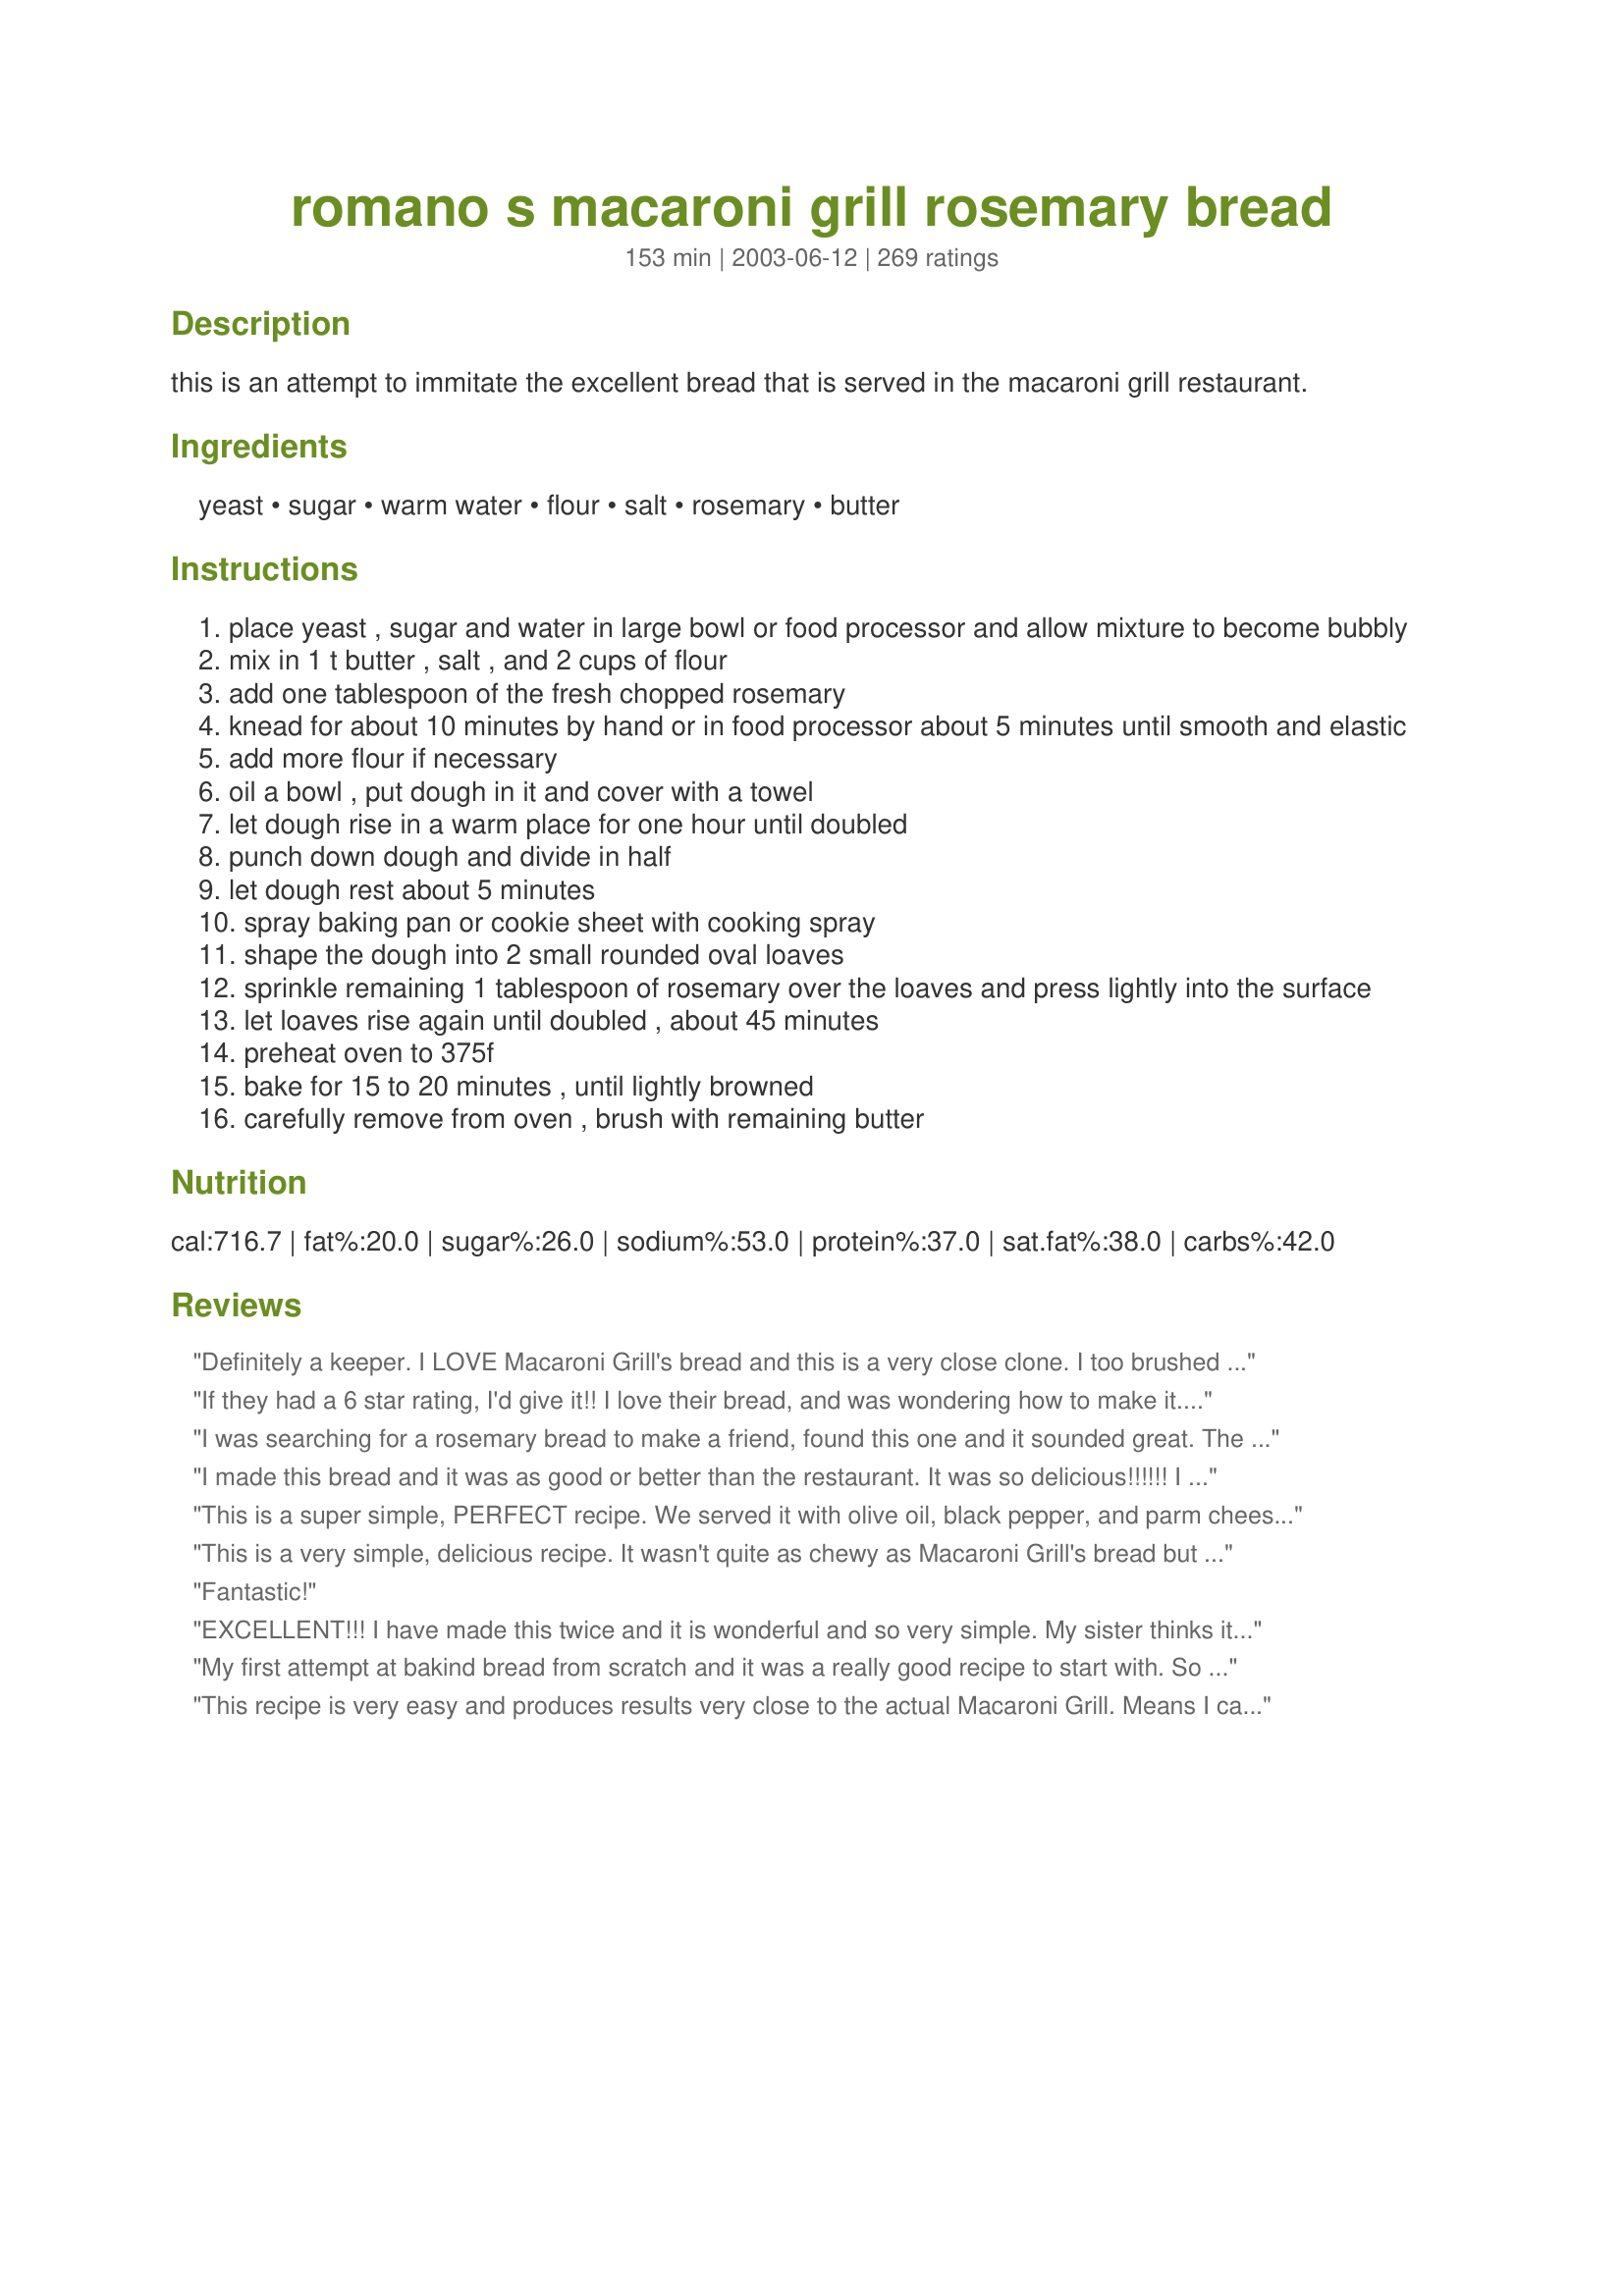
romano s macaroni grill rosemary bread
Preparation time: 153 minutes

this is an attempt to immitate the excellent bread that is served in the macaroni grill restaurant.

Ingredients:
yeast, sugar, warm water, flour, salt, rosemary, butter

Steps:
place yeast , sugar and water in large bowl or food processor and allow mixture to become bubbly
mix in 1 t butter , salt , and 2 cups of flour
add one tablespoon of the fresh chopped rosemary
knead for about 10 minutes by hand or in food processor about 5 minutes until smooth and elastic
add more flour if necessary
oil a bowl , put dough in it and cover with a towel
let dough rise in a warm place for one hour until doubled
punch down dough and divide in half
let dough rest about 5 minutes
spray baking pan or cookie sheet with cooking spray
shape the dough into 2 small rounded oval loaves
sprinkle remaining 1 tablespoon of rosemary over the loaves and press lightly into the surface
let loaves rise again until doubled , about 45 minutes
preheat oven to 375f
bake for 15 to 20 minutes , until lightly browned
carefully remove from oven , brush with remaining butter

Reviews:
Definitely a keeper. I LOVE Macaroni Grill's bread and this is a very close clone. I too brushed the top with egg white to get a nice crust and served it with Carrabba's Bread Dipping Spice ( # 53876). Very yummy and easy. Thanks for posting this!
If they had a 6 star rating, I'd give it!! I love their bread, and was wondering how to make it. I didn't have rosemary, so I used dried dill, and it was amazing. I put the pan of water in the oven while it baked, and served it with oil and herbs. All of my bread attempts until now were failures, but this renewed my hope!! And it's so easy!!! Thank you so much!
I was searching for a rosemary bread to make a friend, found this one and it sounded great. The reviews helped me in my decision to make it. It was easy, baked super and tastes great. I am proud to present this to my friend.
I made this bread and it was as good or better than the restaurant. It was so delicious!!!!!! I doubled the recipe when I made it so I would have lots for my family to enjoy. To be healthier, I substituted smart balance instead of butter. Next time I will substitute olive oil instead of butter. I found that I had to use a little extra flour than the recipe said, no big deal. It is great!!!
This is a super simple, PERFECT recipe. We served it with olive oil, black pepper, and parm cheese. My daughter ate an entire loaf all by herself. I didnt change a thing.
This is a very simple, delicious recipe. It wasn't quite as chewy as Macaroni Grill's bread but I used all purpose flour. Next time I'll switch to bread flour to fix that. Overall, it's a keeper!
Fantastic!
EXCELLENT!!! I have made this twice and it is wonderful and so very simple. My sister thinks it is better than the restaurant version. Thank you so much for sharing.
My first attempt at bakind bread from scratch and it was a really good recipe to start with. So easy, however my yeast was a little expired so I know it didn't raise properly, but it still tasted great. I will try it again with fresh yeast. Thanks!
This recipe is very easy and produces results very close to the actual Macaroni Grill. Means I can now get a taste of one of my regularly visited FL restaurants from my own home in the UK :-))
This is really great bread! Soft on the inside and very aromatic. Will definitely be making again! The only the I'd do differently would be to put a pan of water on the bottom oven rack so the bread would be more crusty. And next time I'll be waiting at the oven door with my dipping oil!
Amazing!! So easy and absolutely delicious - I just made it and practically ate the whole thing right out of the oven - dipped in olive oil - yum! I will make this over and over again - thanks for posting!!
Good...Made the dough in my bread machine, then transferred it to a baking sheet. Molded the loaf, added the rosemary to the top as recipe said and let it rise about 15-20 min. before baking as directed. Thanks for sharing the recipe.
Never been to Romano's, but this is a lovely bread!
quick, easy and just plain perfect! I followed the recipe exactly and was/am very pleased with the results.
Very good, everyone that tries it loves it, but I think it's a little too heavy on the rosemary. Next time I will omit the ones sprinkled on top, and half the amount in the batter. Thanks for sharing!
Every time I make Recipe #226968, I have to make this recipe for their delicious bread. Dipped in olive oil with fresh cracked pepper, this bread is incredible! If I could give this more stars I would, it is sooooooo good! I am so happy to have it posted here, so I know right where it is when I need it!
Ilove this recipe! I found several versions but they all called for seminol flour, didn't have any so I went with this one. We have gone to Macaroni grill many times and this is close! Do NOT put the butter on top after cooking or your bread will not have a crispy crust!
I made this bread for my sister's birthday dinner last night and it was fabulous! I did alter the recipe slightly by adding 2 tablespoons of fresh rosemary into the dough and using 1 additional tablespoon to sprinkle on top of the 2 loaves. Also, I only used 
1 1/2 tsp of yeast instead of the 1 tablespoon that the recipe called for. I brushed one loaf with regular butter and sprinkled it with sea salt and I brushed the second loaf with melted garlic spread and omitted the salt. They were both delicious! I am fighting the urge to make this bread again today!! Very easy recipe especially because I used my food processor to make the dough.
It was tasty, but you've got to be careful not to over-do the rosemary when using dried... I'm not sure the conversion.
This is a good, easy recipe. Very basic. Not sure where the second table spoon of butter comes in, though. I read the recipe a few times, and only saw 1 tablespoon of butter being used.
Ok, can I give this 100 stars? This is better than Macaroni Grill's and wonderful I can make it whenever I want at home. Hubby devoured the 1st loaf in one day. It's so easy to make, but so delish!
263 reviews!! You review hogger, you! Well deserved.
I guess we didn't like rosemary. Sorry.
This was excellent! I love the comforting aroma and taste of rosemary. I will make this often!
I loved this bread and it tastes just like Macaroni Grill&#039;s but I was a little disappointed that the two loaves were smaller than expected. I will make it again but I will not put it back in my food processor. It was so sticky and I felt like I left a lot of the dough in the processor bowl but I couldn&#039;t get it out. I haven&#039;t baked in a long time and would like to get back into it, so I don&#039;t know if my bread not rising high enough while baking was my fault or the recipe&#039;s. The dough rose beautifully the two times before being baked but never got bigger in the oven. And oh, do NOT miss putting the salt and butter on the outside when it comes out of the oven.
Followed the recipe with great results. Very nice consistency, not dense at all. Thank you!
this was ABSOLUTELY this easiest bread recipe EVER. I have made bread (all kinds) for 30 years and the fresh rosemary is a must. It made the two most fragrant loaves of bread I have ever made. GREAT RECIPE !!!!
Very close to the real thing. I think if I had ground up the rosemary a little more it would have been even better. I found I had to use the whole 2 1/2 cups of flour and maybe 2 tablespoons more the dough is very sticky. I coated the top with egg and salt in the last 5 min but ended up baking it for at total of 40 min before it was brown enough.
WOW! This bread is excellent. I love using fresh rosemary from my herb garden. I made the dough in a bread machine and placed on a baking sheet to rise and bake. We've made this bread three times this week already.
Easy to make, good consistency, but don't make this if you don't love rosemary. I've never had the Macaroni grill bread, and I don't hate rosemary, but in such a large dose it can be a little overwhelming if it's not a flavor you love.
I loved this bread but I did like Jan H. and went through the dough cycle in my bread machine. It was not as crusty as Macaroni Grill's but they probably bake in brick ovens but overall it was great for home cooking. Now, I would like to learn how to put this together at an earlier time and when I want pull it out of refrigerator and let it rise. I don't know if this can be done but if you know, please let me know-souppeggy@bellsouth.net. Thanks
Pretty good bread recipe. I cut the recipe in half and told my mother to take it out of the oven when it was done... well i put it in for 17 minutes and it was not close to done, but she took it out anyways. Luckily it was only out of the oven for about a minutes before I noticed she took it out too soon so no real damage was done. The general feel about this bread was that it had too much rosemary in it, but over all pretty good.
WOW this was a real hit with my family. Easy to make and delicious. A very tasty loaf.
I tried putting the egg white on top as another reviewer wrote and the top was still soft. Next time, I will try no butter or egg white brushed on. The flavor of this bread was excellent. It tasted just like Macaroni Grill's.
Wonderful bread! Perfect with Rosemary and Lemon Pork Stew recipe#116382. Will definitely be making this easy bread again soon! Thanks for sharing!
I followed the recipe to a "T", using the bread machine dough cycle to make and rise the dough, and it came out wonderfully well. I think next time, along with the rosemary I would sprinkle a little salt over the top too.
My husband swears this is better than the Macaroni Grill bread. I couldn't believe how easy it was too. If you are a beginning bread maker this is a great recipe to start with. I mixed the bread with the first two cups of flour in the stand mixer. It was still really wet, but I turned this onto a well floured surface and kneaded by hand for 10 minutes. 
The bread came out of the oven perfect. I brushed with the remaining butter and sprinkled with salt. Perfect with a little olive oil for dipping.
I made a double batch for a family dinner of 25. This was a GREAT recipe! I let the regular yeast rise with the sugar and water for a good hour. I also used garlic in my butter when mixed. I coated the top with sea salt and butter egg wash very lightly and it was amazing! I think it turned out better that the one at Mac Grill. Thanks for the post!!
I don't know what went wrong, but this did not work for me. I have a thingy to verify my oven is at the right temp as my oven is slow. The bread is hard, and did not brown at all. The cehter is doughy. <br/>Should I have baked it longer? IDK
Excellent! Made this for the first time 2 wks ago and, because there were two loaves, I intended to freeze one. Made the Carraba's olive oil dip. Snacked. Ate up the whole two loaves and that was dinner enough, what with some Pinot Grigio. A real keeper!
Sooooo good!!!
Its my first time to maje bread and I worried that I was doing it wring because my dough didnt clump together like some videos I&#039;ve seen. Mine was too sticky and a kinda runny, it was hard to form it. However, the crust came out really good and its moist and very tasty inside -- might even taste better than Romanos
I love this recipe. It turns out every time. I make it in the food processor and the dough is fantastic to handle. I use olive oil instead of butter, but otherwise follow the recipe as written. It is so easy and pretty fast. I can start it at 3pm and have warm bread for dinner.
Wow. This recipe is excellent!
Great rosemary flavor. We're gobbling it up right now.
I love this bread along with everyone in my family! Best when hot and with any dish!
This is the real thing! I also used my bread machine to make the dough, simply dumped all the ingredients in my bread machine on the dough cycle, then formed the dough into 2 balls and let rise for another 45 min before baking them. My personal favorite is dipping the bread in a mixture of extra virgin olive oil, freshly grated parmesan, balsamic vinegar and cracked pepper! Delicious!
Everybody LOVED this bread, and so did I. It turned out perfect! Try it...you'll love it too :)
This was my first attempt at yeast bread.... seriously! If I could give it 6 stars I would. I used 1/2 cup of whole wheat flour. Wonderful!
Absolutely the best bread I have ever put in my mouth, and I love making bread. I don't think it needed any changes, although I would like to try brushing the egg whites on it to enhance the crustiness as others suggested. Many, many, many thanks for posting this Hunter!
This did taste very much like the bread at Macaroni Grill. The only thing I thought was different for me was the texture. My loaves rose very nicely while proofing, but didn't bake up very high in the oven. The texture was a little crumbly too, so I don't know if I did something wrong at the end or not. I did brush the tops with egg wash before baking and that did make a nice crust on the top. I will try this recipe again, and even though it didn't turn out the exact way I wanted, it was great to dip in the sauce from the Carmela's Chicken Rigatoni recipe I made to go with it!!
One of my family's favorites. I threw all of the ingredients in my bread machine and then skipped to step 8.
Awesome Bread! I did add a tsp of olive oil, 1 tbsp garlic powder and 1 tsp onion powder to the recipe as well as increasing the salt by 1/2tsp or so. Came out wonderful. I did the egg wash with one loaf. looks a lot like the picture! beautiful. I tried the water bath on the other, didnt make my bread crispy though. As others have said the dough was pretty sticky. I refrained from adding addl flour because I was using all purpose flour and didnt want the bread to become too dense. It was perfect. I used dried rosemary and 1 tbsp was plenty I think. Delicious. Will be using this basic ingredient list for other breads as well.
This was an amazing bread, the only downside I found was that it Was a little cake-ish. but amazing otherwise
Love it!!!!!!!
Wonderful bread! It does taste like the bread from Macaroni Grill! I made it as we were having company for dinner. My husband and I accidentally ate one loaf ourselves before our guests came over. Oops! I will certainly make it again.
Very delicious and very easy! I used fresh and dried rosemary and also added kosher sea-salt on top before baking. I made this 4 times (8 loaves) all in one day! I gave 4 loaves away as gifts, and the other 4 were eaten as soon as they were out of the oven--no leftovers! Thanks for a wonderful copycat recipe.
This was very good. It is a little denser than the Macaroni Grill bread that I remember, but the taste was good. I served it for company and everyone commented on it. Thank you for sharing this recipe.
This bread is delicious. I used Penzy's pasta sprinkle instead of rosemary. I topped it with egg & sea salt. It was easy, flavorful, and beautiful to look at. Thanks for posting this great recipe. I'll be using it often.
loved this so much , I want to try making it again but this time I was to try dipping in in a balsamic vineagar !
Turned out great. Should be called rosemarybread by hunter as it isnt close to macaroni grill. Tried the water trick to brown. Kinda half worked. So put them under broiler. Worked good but left one in ten seconds too long and came out slightly burnt. I used good qualty bread flour and had no mishaps as other reveiwers. Used a bread hook mixer for about six minutes. Baked 17 minutes.
Delicious! We all loved this bread and it does taste like Macaroni Grill's, but it does not rise like theirs. Beware this dough is extemely sticky and gluey. It was all over my hands and very hard to work with when I transferred it to the baking sheet, but it does turn out well! I used the entire 2 1/2 cups of flour and was tempted to add more because of how sticky it was, but I didn't. My kids loved this and I will definitely make again.
Excellent bread! Very similar to what is served at Macaroni Grill. My family was very happy last night! I doubled this and it still fit in my food processor (just barely). I made 4 loaves and it took a little over 20 minutes to bake. Will be making this again! Thanks!
This was awesome! I didn't have enough rosemary (only 1 tablespoon) and so compensated with thyme (not as good, next time I'll make sure I have enough rosemary). I topped with kosher salt, but next time will use a finer grain sea salt. Loved the crumb and the crisp crust the wet dough provided. Will definitely make this again!
My goodness this bread is good. I made 5 rolls/buns and used them as hamburger buns. Instead of butter, I used olive oil. I also brushed 1 egg white on the buns before and during baking as suggested. The crust is brown and slighty chewy and the crumb is nice and soft and the flavor is fantastic.
We love Macaroni Grill, esp. the bread. So this recipe was greatly appreciated. I followed the directions AND some of the suggestions posted in the reviews. Followed the ingredients list but needed about 3 cups of flour. Used my BM, the dough cycle. Used fresh rosemary, chopped it up fine. Brushed the loaves with egg white during the baking, got a nice crisp top. Put chopped fresh rosemary and sea salt on the top too. Most important: it has to be eaten right after baking, out of this world. Dip in olive oil/balsamic vinegar combo. Oh...to die for. This is a keeper, to be repeated many times!!
Excellent recipe for a tender airy bread. I doubled it after reading the reviews and it nearly exploded from my bread machine. Kneading the dough for a couple of minutes helped to release the bubbles so that on the second rise the bread doubled beautifully. Perfectly delicious and simple.
This was awesome....It was so easy...tasted better than the Macaroni Grill (even my family thought so) and everyone was impressed that I made it....It is really good when you cook it with a thin coating of olive oil in the bottom of the pan and top it off with a little bit of sea salt. Thanks for the recipe!
So incredible I can hardly wait to make more loaves.
This bread was very tasty! I added caraway seeds (personal preference) as well as a few cloves of garlic and doubled the rosemary. I brushed only one loaf with olive oil, turnes out that I liked the other one better. the crust was crispier. Will soon make again. Thanks for an easy and delicious bread recipe!
This is a great recipe! Whether I use fresh rosemary or dried rosemary, it turns out delicious. I've also blended several different seasonings together and sprinkled liberally over the top and it has turned out yummy. This bread works particularly well for egg salad or tuna sandwiches.
Great!!! I brushed with some olive oil before baking.
I live in South Africa for the time being and finding recipes like this one is such a blessing! It tastes just like the real thing!
I made this in the bread machine exactly as written, just in different order: liquid, dry ingredients, then yeast and put it on dough cycle. I mixed some sea salt, rosemary, and olive oil and basted the top, it tasted just like Macaroni Grill Bread!
Made in the bread machine with active dry yeast, just dumped all the ingredients in. Used the entire amount of flour off the bat. The last few minutes of baking I spread the butter on top and sprinkled on some sea salt and it turned golden brown. Baked on a pizza stone. Wonderful! Couldn&#039;t have been easier!!
Loved this recipe with simple ingredients, but wonderful taste! I used about 3 teaspoons of dried crushed rosemary from my spice rack and mixed up the dough in my bread machine. I also brushed the top with egg white and sprinkled with sea salt after baking. These 2 loaves made more than enough bread for a dinner with 7 people.
I really don't know what everyone saw in this recipe. I'm an expert bread baker, but this came out too soft. It wasn't at all like Macaroni Grill's bread since what makes their bread special IS the crusty texture. Though my husband loved the taste, I wasn't too impressed. I tried the egg whites, and this did make for a beautiful golden color,but I suppose I'll keep looking for that perfect rosemary artisan bread.
great recipe, I followed the steps exactly and it came out yummy. I am going to make this one again.
Very Yummy !
Tried this recipe for the first time today and it turned out great. Can't wait to have it as sandwiches tonight :)
Of cause it tried it already with some butter and had to stop myself .... otherwise the whole bread will be gone :)
oh dear. I hate to be the odd one out. To me it was too yeasty (1Tbs is a lot isn't it??) - almost bitter in taste. Perhaps this is how it is meant to be..... but I wont be making it again, sorry.
This bread had a wonderful flavor and smelled good, but like a previous reviewer said, it did seem a bit dense. The dough was pretty sticky to work with. I found that I needed to add a bunch more flour to it while kneading it, just to make it easy to work with. I followed the directions exactly, except that I used 2 teaspoons dried, crushed rosemary in place of fresh, and I also used 1 packet of active dry yeast (which is a little less than 1 Tablespoon), and it seemed to be fine. Before I stuck it in the oven, I did brush it with an egg white (I might use the whole egg next time) and sprinkled garlic salt on it (I didn't brush it with butter after taking it out). It also took 25 min. to bake, but that could've been my oven, too. My family did really enjoy this bread. Thanks for posting this recipe!
Wonderul recipe. It came out perfect. I made some olive oil dipping sauce with it, and the family gobbled it up. Thank you for such a great recipe.
Absolutely amazing!
Delicious bread! I've made it a few times now, and have not been disappointed. When I used dry rosemary, I soak it first and chop it fine. I use the 'tea' resulting from the soak for part of the liquid. Adds even more rosemary flavor throughout the bread. Hunter, thanks for a wonderful addition to my bread selections.
This was the easiest bread I've ever made. My picky son even liked it. It was super fantastic. I will make it again and again! I've never been to Macaroni Grill so I cant compare but it is a 10*** in my book!
Tasted amazing but seemed hard to work with for me.
YUM!!!!
Made this for a family dinner, doubled the recipe to make 4 "loaves". Everyone loved it. Smelled delicious when it was cooking, tasted heavenly!
Amazing. Better than Macaroni Grill. I don't have a bread machine and followed the instructions exactly. Serve with olive oil and balsamic for dipping. SO good. I don't usually leave reviews, but this one absolutely deserved it.
This turned out excellent. I would recommend some clarifications. 1. What kind of yeast? (I used Instant yeast) 2. What kind of flour? (I used bread flour) 3. After you shape and leave for second rise, is it covered? (I covered) I used EVOO rather than butter. And, I sprayed the top with olive oil before sprinkling with rosemary and salt before baking. Amount of flour will vary depending on weather, etc. I measured exactly and found 2 cups to be the right amount.
Very close to the real thing! I brushed mine with butter and sprinkled garlic salt and Italian spices on top and served it with Macaroni Grill Chicken Marsala over angel hair pasta. I will definitely be making this again!
I followed the directions and did NOT substitute oil for butter as some of the reviews suggested. I am very pleased with the results. I did spread a little melted garlic butter during the last 5 minutes of baking, making for a lightly golden brown crust. The bread was light on the inside, but durable enough to spread more butter or use as a sponge to soak up the juice of a good stew/soup!
To die for....we gobbled it up. Being a person who sometimes doesn't read closely, I threw everything in the bread machine and let it go through the first rising there. Then followed the recipe from there - absolutely terrific results! Will make this one again and again!
I agree with so many of the other reviewers -- this was fabulous! The dough was so easy to work with -- I used my Kitchenaid with the dough hook. I could have probably added another tablespoon or two of flour -- the dough was very soft. But once it was baked, it was just so soft and fluffy. I only used the one tablespoon of rosemary -- I didn't sprinkle any additional on the tops of the loaves. After brushing the butter on the top of the loaves, I sprinkled a fair amount of very course kosher salt on the loaves. We really enjoyed this bread -- and look forward to making it many more times in the future.
WOW!! This bread was really delicious! My husband and I absolutely love the bread at Macaroni Grill and am so glad to have found this recipe! It is so good and really dead on, although less salty and greasy than at the restaurant. DH and I ate both loaves in less than 2 days. I used dried rosemary (about 2.5-3 teaspoons). I had to add quite a bit more flour when I was kneading, but overall, this bread is pretty easy to make. Next, I just have to learn to adapt it to make in my bread maker! Thanks so much for one our new favorite recipes!!
This was a very easy recipe to put together. I didn't have any rosemary on hand, so I used dried italian seasoning which was still delicious and still tasted somewhat like Macaroni Grill's bread.My bread did not brown a whole lot, but I kind of liked it that way. I rubbed butter on the top after baking because I like a soft crust on bread like this. I baked it on a sheet pan that had been lightly coated with olive oil, which crisped the bottom crust a bit and gave it a wonderful extra note of flavor. I'd recommend that. This will definitely be made over and over again! Thanks for posting!
I've made this recipe several times now it just keeps getting better and better new to bread making but this is amazing. My first loaf
It needed all 2 1/2 cups of flour as it was sticky. It was really delicious.
I topped it with melted butter. Thanks.
This bread was great! Tastes a lot like the real thing.
This bread was super! The first loaf was gone in minutes and the second not far behind! So easy too. I did the kneading and first rise in the bread machine. Followed the directions for the rest. Thanks!
I love this bread, and it smells heavenly when baking. I also add a bit of italian seasoning and divide the dough into two smaller loaf pans. Perfect size for smaller families, and freeze one for later. Delicious!!!!!
Can I make one large loaf with this recipe?
This definitely is reminiscent of Macaroni Grill's bread... you are on to something in this recipe. I'm certain that MG's bread has a ton more oil in it (which doesn't necessarily make it better since as home cooks we don't want recipes that will lead to poor health even if they taste great). <br/><br/>My review isn't totally relevant since I chose to use 2/3 whole wheat flour to make it healthier. It was very good and I dipped it in extra virgin olive oil (evoo), balsamic vinegar, and cracked pepper. My kids didn't like it very well... I think it has a little too much rosemary. Next time I make it, I will chop the rosemary smaller and put just a little on top (maybe a teaspoon instead of a tablespoon).<br/><br/>I put a steam pan in the oven as I always do with artisan breads... and I raised the temperature to 400 degrees.
Yum! I&#039;ve tried many different bread recipes but this one was one of the best I&#039;ve made. I have a rosemary bush in my garden so anytime I see a recipe that calls for it I don&#039;t hesitate. I used my kitchen aid to mix up the dough. If you&#039;re using a stand mixer you made need a little extra flour to keep it from climbing the hook. I used maybe an extra 1/4-1/2 a cup beyond the 2 1/2 specified in the recipe and my dough didn&#039;t become tough at all. It also baked up in about 17 minutes to a lovely golden brown. I did put a pan of water in the oven to help with the crust.
flatter than i expected and smaller than i expected... but good flavor
this is delicious!
Excellent flavor. It is a bit denser than Mac Grill, but that may have been either my preparation or the difference in the type of flour that is actually used. I will make this again--my family loved it.
OMG! Can this be real bread? I used fresh Rosemary from our garden in the dough and on top. Also sprinkled kosher salt and sesame seeds then egg white-washed the tops. I also used a steaming pan of water in the oven. This was the BEST bread I have made to date. Good crust, light and fluffy crumb...oooohhh I want to go get a piece right now! 

We used EVOO as a dipper and were swamped with memories of our Honeymoon in Italy.
I changed the temp to 475. I also brushed the top with water and sprinkled with Kosher salt. For the first ten minutes covered with a disposable roaster pan (the foil type) instead of adding water to the oven. Turned out with a hard crust and soft inside. Perfect! Thanks for the recipe it tastes so much like the restaurant's!!!
Good recipe, make a good loaf of bread, but it is not really similar to Macaroni Grills bread. Again, good recipe, just doesn't have the crisp and texture that macaroni bread does.
Awesome!!! We only had dried rosemary so we only used 2 tsp and we also brushed egg whites on it while baking and everyone loved it.
As many stars as possible! This is so easy and so good. I've made it with rosemary and with italian seasoning (daughter doesn't like rosemary) and it's great. I even froze a loaf for later and it was good. I brushed the loaves with butter after they came out of the oven and sprinkled with sea salt.
Tasted very much like the real thing!
Thid bread is wonderful, I was out of Rosemary, so I used Basil instead. I will diffently make this again! Thanks for this wonderful recpe.
This recipe really is fantastic - turned out JUST LIKE the bread at Macaroni Grill. I did brush the bread with egg, as someone else recommended (once halfway through and once near the end). The only problem I had was that it took about 40 minutes for the crust to brown. No big deal, though. The end result was great! It's not really a crispy crust, but I don't think the Macaroni Grill bread is really crusty either (or is it?)
I made this today and it turned out great. It is sticky as others have stated but I used a food processor and it wasn&#039;t so bad. Tastes great!
Excellent bread every time! I've made this a couple times, and tonight (the third) I remembered to rate it. So yummy! I love to serve it with some dipping oil mixed w/ herbs.
My husband loved this bread. When I told him what was baking, he said that our house smelled just like the Macaroni Grill! It did! I will definately make this again and again! Thanks! By the way, I used my bread machine to make the dough.
Tossed it in the breadmachine, turned out perfect!
A variation...I had no rosemary in the house, so I used 2 tsp. of Italian seasoning instead. Came out excellent and everyone loved it. My teenage nephew said he liked it better than Mac. Grill. Go figure!
We have a rosemary plant growing faster than we know what to do with it so I decided to make this bread to accompany a soup. The bread is wonderful and aromatic. I only used 1 tablespoon of butter and thought it was tasty as is. It was a lot easier than I expected. It is a great way to use up some of our rosemary and will be made again.
I was very happy with the recipe. I tasted very similar to the real thing. My kids loved it.
Love this quick, easy and awesome flavored bread! I made this by hand and ended up using 3 1/2 cups of flour at the end of kneading, I coated top of loaf with sea salt & rosemary after brushing with butter/olive oil mixture. One loaf has been saved to use in Panzanella mid week. The only different thing I will do next time to achieve a fuller loaf is to bake in a round casserole dish..Thank You for sharing Hunter, thoroughly enjoyed!
I thought I had reviewed this recipe before, but I guess not - sorry! This is a great bread and it smells so good. I used my bread machine on the dough cycle as suggested by others and oiled my hands to shape the dough. I made one large loaf and it baked in the time allowed. I used butter and sea salt for the top when finished baking and we really enjoyed it. Thanks so much. Carole in Orlando
I'm a newbie bread maker, and this turned out wonderfully. I followed the directions exactly.
I just made this bread this morning and I am so impressed! I followed all of the directions but I forgot to brush the butter on top. I think that next time I will brush the melted butter on top before I bake the loaves. Thanks for a wonderful recipe!
This is one of our favorites and is good anytime during the year! Thanks for sharing!
You nailed this recipe. I was pleasantly surprised how simple the ingredient list was.
Delicious! I've made this several times now, and I only do one thing differently. In lieu of brushing with butter, I brush it with egg whites for the last 5 minutes or so of baking. Someone suggested that and I've found it helps keep the crust crispy. My husband has started calling this "Mama bread" because he's convinced our son will request this when he comes home to visit from college. Our son is only 19 months old, so we'll see, but high praise for the bread!
Not bad bread but nothing like MG. First the recipe is just not right, 2 cups of flour and 1 cup of water produces &quot;Flour Soup&quot; it took 3 cups of flour to produce a workable dough. Other than that I followed the recipe exactly, and it produced a nice little loaf for dinner but not even close to the restaurant version.
Loved it! I brought it to work for a carry-in and got rave reviews. Both loaves were gobbled up quickly. I followed jjhon's advice and brushed egg white on twice. It browned beautifully. This is a definate keeper!
This was fantastic. I took advantage of our fresh herbs in the garden and this bread turned out so good. We dipped it into olive oil dipping sauce and my whole family devoured it in minutes....yes I said minutes....lol. Thank you for posting this delicious bread.
I bake bread at least once a week and when I saw this recipe I had to try it. I didn&#039;t have fresh rosemary so I used dried instead, along with a quarter teaspoon of ground rosemary. I&#039;ve never had Romano&#039;s Macaroni Grill bread, but this is a winner with me. What a pleasant surprise!
This was a great bread for using with my garlic dipping oil. It's also a nice way to use up some rosemary. The house smelled delightful as this baked. I might make it again when I have a larger crowd. Tonight when I served it, we were only able to eat one loaf, and no one wanted to take the other loaf home.
This turned out great! We love Macaroni Grill's rosemary bread, and this was just perfect! One thing I did to help the crust was to brush the top with egg whites, once halfway through baking, and once more towards the end. That gives it a bit more 'crustiness', and a great sheen to the finish! Just do it quickly so the bread doesn't fall... I will definitely make this again!
This was a great tasting bread! I had to make 2 batches in as many days!
Thanks!!
The man in my life thought it was better than Macaroni Grill's. Thank you!!
I made this last night in my bread machine by putting the warm water in first, following with the butter, rosemary and dry ingredients, and the yeast lastly. When it was done, I rubbed it with a mixture of olive oil, rosemary and sea salt...then we dipped in in the olive oil/pepper combination that Macaroni Grill uses. This was so close to The Macaroni Grill's bread that I am on Cloud 9! Hunter, I don't know where you are or why you haven't posted any other recipes, but this was GREAT! Many Thanks!
I actually thought this was better than the bread at Macaroni Grill. I followed the recipe and did what others said and brushed with butter halfway through so the crust would brown. Really good, and not difficult. I will definitely be making this again soon!
Doubled the recipe; the dough initially was a little sticky, but after working it with the KitchenAid/dough hook for about 6 minutes, it came out excellent. Great recipe with a lot of possibilities. Next time I will try to use olive oil and a little Parmesan in the mix. Thank you for sharing this recipe!
It is baking in the oven so i havent tried it yet so i cant rate it yet But the secret olive oil sauce recipe is Just olive oil and black pepper the waiter at macaroni grill told me so. Im 12 years old and i have an Herb garden!
This is by far the best homemade bread i have ever made, i have to double the recipe and its still gone within 24 hours. YUMMMM!!!!
SO delicious and easy to make! I had NO problems with it and made the recipe as written. Thanks for posting this great recipe!
This tastes exactly like the bread served at MG! I used half white whole wheat flour, half bread flour, and used the dough hook on the kitchen aid and it came out PERFECT! It's not too often that "copycat" recipes actually taste like the original. This one is exact!
Love the bread.....the best way to get a good crust is to use a heat resistant bowl ("Pyrex" or similar) and put it over the loaf during the first two thirds of the baking period. This helps create a staemy mini oven and improves crumb structure. Take it off for the last third and I guarantee the best bread ever.
I wish I could give this 100 stars! Mine turned with a taste exactly the same as Macaroni Grill's! Excellent recipe, Hunter! Thank you!
Seriously this is the best homemade bread I have ever had. This is the only copycat recipe that I've had that tastes like the real thing.
Yum! Went perfect with our roast. Added a bit more rosemary because I graduated from the school of more is better. Thank you for a great recipe.
This is a wonderful recipe! I used some others&#039; advice and substituted olive oil for the butter in the dough and also used about 2 tsp dried rosemary. I made the dough in my bread maker, then followed the directions for the second rise and baking. Brushing with butter at the end and toping with sea salt was a delightful finish. The bread was soft, but easy to cut and delicious. I will use this again and again, with rosemary or other herbs, or even plain. Thanks for posting!
Awesome and easy to make! The egg wash trick made for a nice crust. I put a small pan of hot water in the oven too for steam. Nice job on this one Hunter.
I adore this bread. For such a simple looking recipe it's just perfect. I normally don't even like rosemary. Ever get one of those really odd cravings for something that makes no sense? This just appealed to me. It looked like a lovely warm snack for All Soul's Day and it is. Along with the rosemary I sprinkled garlic powder and parmesan on top. I'll make this again for sure.
This made an extremely wet dough, so I had to handle it carefully. Gave it a second rise and baked it in my baguette pan.

I only made one loaf. Baked 20 mins at 375, and turned it up to 425 for another 10 minutes. 

Served with a dip of olive oil, garlic, fresh basil, fresh ground pepper & salt. 

Perfect!
This recipe tastes great and pretty darn close to the real thing. My only problem, probably my error somewhere, but both times I have made this is doesn&#039;t rise to a beautiful full dome and is on the flatter side. It rises beautifully the first rise. Not sure what I&#039;m doing wrong- if any of can help me let me know. I was precise with my measurements so not sure where I could have went wrong.
I truely enjoyed this as an appetizer for dinner! Anything rosemary is just so tantilizing to my tastebuds! Thanks to the recipe!
Very good, tasty, and simple recipe for a novice bread maker! I added fresh cracked black pepper in the dough with the rosemary, yum!
I think this bread is even better than Macaroni Grill's! thanks so much for the recipe.
This bread is fabulous! I can&#039;t say whether it tastes like Macaroni Grill&#039;s bread (never been there), but i will definitely be making this again. I made my dough in the bread machine, divided it into three sections and braided them. I used an egg wash before baking, removed the bread after 10 minutes, added more egg wash and sprinkled on chopped rosemary, kosher salt and coarse black pepper. My loaf baked for 23 minutes and turned out perfect! Thanks for sharing the recipe!
I can't get enough of this when we go to Macaroni Grill for dinner, so I thought I would make it at home, and I am very glad I did. It was all eaten and enjoyed very much. Great bread Hunter!
This recipe is so simple and has such great flavor. I added a bit of extra rosemary for my taste. I liked that it makes 2 loaves, so it was easy to share with neighbors.
I made the dough in the bread machine by first warming the water and butter in the microwave for a minute then I added the dry ingrediants and put the yeast on top. Even though I accidently put both tablespoons of butter in the dough it still came out good. I used 2 3/4 cups of flour and only 2 teaspoons of the sugar. Shaped the loaves and let them rise and then used an egg wash (beaten egg yolk with a smidge of water to loosen) then just sprinkled with sea salt. I also put a pan of water on the bottom rack to help with the crust. Not sure if it made a difference or not. A keeper for sure. Thanks.
One word: AMAZING! I have NEVER made any kind of bread before and now that I know how easy it is, I will do it more often!!! I followed the recipe to a -T- and dipped it in Carabba's Bread Dipping Spice (Recipe #53876). Next time I will half the recipe, because 2 loaves is a lot for 2 people!
We enjoyed the flavor very much, it was awesome, my youngest couldnt eat it fast enough. But I thought the crust texture was off. It was like regular bread, not crusty like MG. I am going to try brushing with olive oil before it goes into the oven next time.
Perfect! I love this bread at MG! My husband told me when we ate there last week that he doesnt like the bread much. So I made it at home anyway because I love it and wanted to try this recipe. Well, he liked this bread! He said "that bread is way better than macaroni grill, the bread there is nasty" lol.. SO he gives it a 5!! Thanks for this wonderful copy cat recipe!
Mmm, I loved this recipe. I am in Denver so I had to alter the recipe a little, I was a little worried it would not rise enough, but it was fantastic.
Hunter, this is sooo delicious! We polished off one loaf the minute it came out of the oven. Brushed it with olive oil and Kosher salt while piping hot. Will make this again and again and again. Thanks.
Perfect! Very easy and very good. Added just a bit more rosemary and brushed loaves with egg wash prior to baking for an extra crisp crust. Thanks!
Great tasting bread! I used dried rosemary. Warning: Do not let this bread rise too long (i.e. more than an hour after forming the loaves) or it ends up being flat!
I can't believe that I'm just now reviewing this recipe, as I've made it oodles of times! This is THE BEST bread! Macaroni Grill is my favorite restaurant (mostly because of the awesome bread), but the closest is 2 hours from my home. My husband and I went there to eat recently, and we both honestly thought that this bread is better. I generously brush the baking sheet with olive oil before placing the bread on it. Before baking, I top with a good dusting of kosher salt and brush the top with egg white. I also brush with egg white twice while cooking. The egg white makes for a really nice crust, and the olive oil gives the bottom a nice crunch. I eat with butter, or dip in balsamic vinegar. My husband either dips it in Panera Bread dipping sauce, or in olive oil with parmesan cheese and fresh cracked pepper. I use my kitchen aid mixer with dough hook to knead the bread, and the recipe couldn't be easier. I served recently to family, and they couldn't get enough. Thanks for a really yummy recipe!
My first home made baked bread... excellent!!
I made this for the second time this weekend and it turned out even better than the first. I think the first time I used dried rosemary and it is definitely better with fresh! Fantastic recipe, this is a keeper for my recipe book, thanks for sharing!
Ummm.....WOW! It smelled wonderful, and tastes better. Just perfect with a little olive oil! Thanks for the recipe!
This is easy and delicious. 10 stars
Very good! I added 1/2 whole wheat flour, and it was delicious.

I also skipped down to step 8 and threw it all in the bread maker.
My daughter was disappointed that we couldn't give this bread 10 stars! This is my family's favorite bread in the world and now we can make it at home! It was awesome.
This bread was so good I registered just so I could rate it and praise it! I took the advice of others and soaked the rosemary and used the leftover water for the recipe. I also brushed the top with egg white. It was absolutely wonderful! Tastes just like Macaroni Grill's bread, only better!
This is one of my go-to breads when I want to serve a homemade one. It's incredibly simple and tasty enough to eat all by itself, without even a spread. I use olive oil in the dough.
This was incredible! I made the dough in my bread machine and baked bread in the oven . It tasted just like what we&#039;ve eaten at Macaroni Grill.
This was an amazing and easy recipe. <br/>I tweaked it a little by adding a Tbs of dill as well. WOW!<br/>it goes perfect with my homemade 6 cheese lasagna.
We cooked the bread on our Traeger grill. Absolutely Delicious!
Not quite Macaroni Grill but still fantastic! This one is a keeper.
I chose this recipe because I had some rosemary to use up, we wern't dissapointed!I changed the order of ingredients so I could use my bread machine (I am unable to knead bread anymore.) Because I live in Canada,and I think the yeast is different, I cut the yeast measurement in half (1 1/2 tsp,)and used bread machine yeast. I also used bread flour (Robin Hood brand), and used the dough setting, following recipe instructions after the first rising. We've never been to a Macaroni Grill, so don't know what the bread is suposed to be shaped like, but we were impressed with how it turned out. I'll be making it again soon! Sorry this is so long winded. Jan
This bread is moist, delicious and very easy to make. Simple but flavorful. Thanks!
A great bread to serve with soup and cheese. I served this with Leslie O's "Recipe #9782"
Thanks, Hunter for a delicious recipe!
Excellent! The inside is soft, and aromatic. My hubby said this is a winner! Thanks for posting the recipe!
I love this recipe! My 2nd batch of this delicious bread just came out of the oven. I made the 1st batch following the recipe verbatim using my kitchenaid mixer w/ dough hook and it ended up a little flat (shape-wise but the flavor was phenomenal) so i tried it again with my food processor w/ dough blade, and used the full 2 1/2 cups of flour, and didn't let it rise as long (about 20 min) after forming the loaves, and it turned out amazing! I did brush the bread with eggwhites the 2nd time around and sprinkled some kosher salt on about 15 minutes into the cooking of the bread. 10 Stars! Thank you hunter for an easy yet delicious recipe! :)
My family ate this up within minutes. My son now wants to make this for his teachers for Christmas. Thank you so much for sharing this recipe!
Very Good, I added Parm. to the flour and crushed Garlic, brushed with olive oil, sprinkled rosemary and garlic powder and a little salt. But first shaped it into a braid, my son inlaw gave me all the tips and found this recipe and little did he know this was my first loaf of bread that was not as hard as a rock.......... ;)
Great bread! So glad to have this recipe as the Macaroni Grill near my house has closed. I made the dough in my bread machine and then finished it off in the oven. Made for the Rosemary/Oregano tag, June, 2011.
Very good, light and flavorful. I did use 1 c. WW and 1 1/2 c. white flour. As someone suggested, I soaked 2 t. dry rosemary and a little water, put most of it in the bread, saving some for the top, and used the liquid as part of the water. I also brushed the top with egg whites half way thru and brushed with butter and garlic salt when done. Beautiful color and crust.
This is my go to recipe for a dinner bread. I use it in place of french bread and garlic bread. It also works well in Stromboli, just vary the herbs or spices to suit your needs. Love this one, have made it at least 10 times this year alone.
This is awesome bread!
Thanks for the recipe!
Followed the directions exactly, except I only used 1 T of dried rosemary. I had to use the entire 2.5 cups of flour - it is humid here. The bread came out perfectly crusty on the outside, and nice and fluffy and chewy on the inside. Perfect!
Excellent! 10 stars! I have always loved Macaroni Grill bread and now I can make it at home. I found that I needed more flour and next time I will use fresh rosemary instead of dried. This was a recipe of firsts for me: first time making bread at home and first time using my dough hook on my new stand mixer. Bravo!
This recipe rocked my rosemary off!
Wow!!! What a great recipe. I have been to the Macaroni Grill a couple of times, and this tastes just like it. I don't have much experience with bread, but this was very simple to figure out. Thanks for sharing.
Absolutely brilliant! Tastes wonderful. Only thing I did different was added extra rosemary and threw in some minced garlic into the dough. Turned out so yummy. Definitely recommend it to anyone who needs a quick bread that is sure to please everyone at the table. It's so easy to make, just try it.
My family love this bread! for fun, I made smaller loaves and made them into bread bowels for chili!
very delicious!!!
This bread is the bomb. Easy and really good.
Wow! The best!!!
My family loves this bread and it is so simple to make. I make it at least once a month. We have plenty of rosemary growing in our yard and this is a great way to put it to use.
Wow, this has only been out of the oven 15 min and one loaf is almost gone. I've never had Macaroni Grill Bread and after having this, don't see the need to. It's wonderful! I forgot and added the full 2 T. Rosemary to the dough. Would do it again. Also, used the dough cycle of my bread machine and removed it after an hour. I took the advice of the prev. reviewer and poured boiling water into a pan while the bread baked. I had a nice brown crispy crust. I did rub marg. on one loaf after baking. Was delicious! Thank you for sharing a great recipe!
Fantastic! The best tasting and lightest bread I have ever made! It took a lot of willpower to stop at one thick slice. Yumm. I baked one loaf now and froze the other half of the dough before the second rise. When I get ready to use it I'll thaw it and rise it a second time and bake as usual. Thanks for the great recipe!
Very yummy!! I added a little bit of italian seasoning to cut the rosemary a little, and soaked that + rosemary in water for about an hr before baking.

It was great, I will definitely be making again!!
I usually don't have high hopes when it comes to me making breads with yeast...but OH MY GOSH!!! I totally did it and it was PERFECT!!! It honestly is just as good as Romano's..and actually it's better b/c I don't have to pay for over priced food since I can make better here at home! I ate one loaf by myself...yes I was a pig tonight lol I used 3 sprigs of fresh rosemary and it was perfect..I actually thought it might need more on the top. The inside was just perfectly flaky and yummy..mmm...at 8 minutes I did used a pastry brush and brushed egg whites then again 9 minutes later then left it go for 2 more minutes and pulled it out...perfect! I also put a pan of water in a cake pan on the bottom rack...I will be making more tomorrow...and probably until I am barfing rosemary lol Thanks for this great recipe!!! :)
This tasted just like the Macaroni Grill bread!
I can be fairly critical of "copycat" recipes if I know what the real thing tastes like and it doesn't match. I LOVE Macaroni Grill's bread, and this to me tastes almost exactly like it! The only thing I did differently was that I used Herbes de Provence instead of just rosemary, because after making the dough I discovered I was out of rosemary! 

It just came out of the oven about 10 minutes ago and one loaf is gone already between me and four boys. I don't fancy myself as being the best breadmaker, but this recipe sure made me feel like I was! Thank you so much! I will make this again, and again, and again!!!
This is a great recipe! It turned out exactly like the bread at Macaroni Grill. I had to add almost 3 cups of flour to mine, and I used my bread machine's "dough" setting to prepare it. It was effortless and my family LOVED the bread. We used it to make meatball sandwiches too!
This is a fantastic recipe. It&#039;s the first bread I was able to have successfully rise and it comes out delicious every single time. It&#039;s a huge hit for dinner parties.
This bread was very good. I got a lot of compliments on it and it was eaten up before I had time to try more then a bite. I enjoyed it. I plan on adding some parm cheese the next time I make it. The recipe is very easy.
My loaves turned out perfectly! I didn&#039;t add as much rosemary as called for, and I baked the bread above a pot of boiling water in the oven. They turned out perfectly golden brown with an all over crust. Baked them for 15 minutes each at 375 in conventional oven. Will use this recipe again, next time maybe adding whole wheat flour.
We don't have Macaroni Grill where I live :(, but this has got to be the next best thing, because this bread is awesome! We ate both loaves at one meal, no problem! I think next time I will double the recipe, as we could have gone for more :) It is so good dipped in olive oil and freshly ground black pepper. My kids couldn't stop telling me how much they loved it. Another favorite? You bet!!! Thanks Hunter! Karen
Just made this with mostly whole wheat flour. FABULOUS! Light and moist, even with the heavy flour. Didn't put the extra rosemary on top; brushed the finished loaves with melted butter and sea salt. The herbs could easily be substituted with others per your taste. Thank you for posting.
Really really good! It has a sweet taste to it, you would think it had more sugar in it. Smells wonderful when cooking, too. Everyone thought it was cinnamon bread when cooking which I found odd. I took it to happy hour and my nephew, who is very picky, told me to be sure to give the recipe to his mother. I made it exactly as it states. Thanks!
This was wonderful!!!! I made mine in the breadmaker and then skipped to step 8 as per the last reviewer....I brushed the bread with egg white and then I let rise in a warm oven for 45 min on an olive oil greased pan . I then baked it in the oven until lightly brown on top...I also served it with a balsamic vinegar/oil dip........this is a definite make again recipe for me!!!!!!!!!!I served it with homemade tomato basil soup:)Thanks!!
I subbed 1 cup of wheat flour into recipe but otherwise followed directions. I placed a tray of steaming H2O in bottom of oven during cooking, which helped top crisp up. Didn't have rosemary so added italian seasoning. We thought it pretty good, but it was doughy. Don't know if is due to wheat flour or if I didn't knead it long enough? First attempt making bread by hand. Not quite Macaroni Grills but not bad.
This is the best bread I have ever eaten. So delish. One loaf alredy gone in about 10 minutes!!!
Really good. When I was making this I assumed that it would serve the 10 people we had for dinner. Image my surprise when I formed the loaves and each was the size of an large bun! Thankfully it rose lots, but it only made a slice or two per person.
This recipe is a staple in my house, and my husband's friends have a standing order: if it's a birthday or a holiday, please have J bake that bread!! I add a little garlic when I want to pair this with pasta, it works beautifully. FYI, I made this recipe once with bread flour instead of all purpose. Absolutely skip this idea, the bread comes out way way way too dense and the heaviness takes away a lot of flavor. Don't bother with that experiment, I already did it for you and it was terrible.
Bread doesn't get better than these luscious loaves. We dipped in olive oil and Italian spices and every bite had us going back for another piece! We loved it!
Tasted absolutely wonderful.
made the dough in the bread maker and accidentally added both TBL of butter to mix. I thought my bread was doomed, but I took it out, added a bit of flour, let it rise again (45 min) and baked it. Worried it didn't rise enough - but my DH and my guests loved it! Will try again - with right amount of butter and will likely make by hand to perfect. Thanks for the recipe!!!
WOW!! This bread is so incredibly amazingly delicious. It has such great flavor and is just as good if not better than macaroni grill's bread. The rosemary is so great in this and it is so soft on the inside while crusty on the outside. I was drawn to this recipe by the very few ingredients. I brushed some olive oil on and sprinkled some sea salt. This is going to be a staple in my house. I will surely make it again!!
After having this bread at Mararoni Grill, I have to declare it my favorite! I love the texture and taste so much that I can eat a whole loaf myself, though I hate to admit it :) Dipped in EVOV and herbs it is AMAZING!
costco makes this amazing rosemary bread that we get occasionally. but the nearest costco is...not so near.
i made this stuff & while it's not exactly the same, it's pretty close & SO GOOD.
I've made this several times now and it's always turned out wonderful. I've always used Italian Seasoning instead of Rosemary too...since I never have any on hand. Like another reviewer mentioned, I just dump the ingredients into my bread machine, push the dough cycle and take it out after an hour, then let it rise. I had leftovers one night so I cut the loaf in 1/2 and made chicken parmesan pizza using the bread for the crust. WONDERFUL!!!! My husband was impressed. This is a must try, no fail recipe.
this was the first yeast bread I have ever made. Came out perfectly and it was delicious. The directions were simple to follow. I&#039;m super happy with this recipe and I&#039;m sharing it on my Facebook page: https://m.facebook.com/thebishopbunchblog?ref=bookmark
Mine came out a little more dense than I would've liked but it will be great as a bread bowl. After playing around with the recipe a bit I'll definitely try it again
Very tasty bread. Perhaps it was just the rosemary I had, but it was almost too much and next time I make this (oh yes, I'll make this again), I think I'll do like some have suggested here and use Italian Seasonings instead.
Although the flavor is there, I am a little disappointed in the outcome. The 2nd rising only expanded out not up. End result is rather flat.
This was fun and easy to make...and delicious! Thanks for posting!
This bread is not only easy but super tasty! I put one tbsp of dried rosemary that I crushed into the bread and did not put any on the top as I was serving picky eaters and it turned out perfect for everyone's tastes! I made it the second time by adding three cloves of garlic, pressed and it was super tasty too! Thanks for a great recipe!
I made the dough in the bread machine and then shaped, allowed a 2nd rise and baked in the oven. Sprinkled the top with the extra Rosemary and sea salt and it turned out great. I love the flavor of the Rosemary and the salt gave it an extra flavor that we enjoyed. Next time though I think I&#039;ll use the egg wash instead of the extra butter as I like the shine I get from that. As an update: Continue to use this awesome recipe, my family likes it served with a dipping sauce of olive oil and balsamic vinegar with Italian herbs. Never a piece left over
We really enjoyed this. I brought it to a dinner party, so made it into small rolls instead of the loaves. But I am looking forward to making it again. Thank you very much for sharing this lovely recipe. It's a keeper!
Perfect replica! It turned out great, now to just have the willpower not to eat it all myself before my Husband gets a wack at it.
Spot on with flavor! I will use oil in the dough next time rather than butter to make the bread crispier on top. I also want to try cooking it at 400 next time (note to self). Great recipe!
Made this morning, mmmmmm!! Stuffing our faces in it right now!! I added olive oil on top before the last rise, keeping it a compact size loaf b/c I KNOW it's grow and added rosemary on top....

Mmmmmmmmmmmmmmmmmmmmmmm
Wow! I've never been to Macaroni Grill so I don't know how this compares, but I DO know that this was some WONDERFUL bread. It honestly is my new favorite bread recipe (and I make a lot of bread!) The bread was fluffy (even with all purpose flour instead of bread flour) and the crust was nice and golden brown but not too crusty. PERFECT! Thanks so much for the recipe.
We modified this recipe slightly to accommodate a diabetic in the family by using wheat flour instead. We found that the wheat flour makes for an even better bread than the white flour. The crust is crispier and the inside more moist.
I made this as directed with the exception of using dried rosemary instead of fresh (less in volume of course). The only thing I didn't like was that when I brushed the butter on after it came out of the oven, it got really soft and hard to cut. Next time I might try the egg white like other reviewers or maybe just try the butter on it before I bake it. I made two small loaves and the second one reheated beautifully a couple nights later! Just put it in the oven after I had taken the dinner out and turned the heat off. Took it out about 8-10 minutes later and it was crispy on the outside and warm and soft on the inside! I'll do this one again, just working on the topping to make it better!
I made this bread after going to Macaroni Grill for the first time and LOVING IT. I'm not sure if this is the exact bread, but this bread is AWESOME! I dipped it in olive oil and pepper just like the restaurant and it tasted delicious. I've made it three times now.
THIS. IS. IT!! THANK YOU SOOOO MUCH! Not only is this KILLER bread, but you have saved me SO much money! Now I don't have to go to Romano's to get my bread fix! I doubled the recipe (without doubling the sugar) and threw it all in the bread machine. When the dough cycle was done, I separated it into two cake pans and popped in the oven. WOW! I'm in love! I served warm with Italian butter (EVOO with cracked pepper) PERFECTION! Thanks so much!!
fantastic bread! A definite go to for my family!
I didn't have any rosemary so I used italian seasoning. Let me tell you, the smell in my kitchen was amazing! Next time I will try misting my oven with water to encourage a crispier crust. Thanks for sharing.
Super easy & tasty! I actually just threw all the main ingredients in my bread machine & let it go to town--my guests gave it rave reviews! I'm now in the process of making it again, but this time I just set the machine to dough cycle and I'm baking it in the oven for a more authentic loaf.
Yum!! This was my first time making bread (besides Banana) and this was a great way to start! I love MG and this tasted just like it. The only other thing I did was put olive oil on top before I baked it and then didn't brush it with butter at the end. I kept one loaf for us and gave the other to a coworker who loves MG and didn't tell her this was a copycat and she said it tasted just like MG and loved it. Thank you so much! I will definitely make this again.
I will give this about 3.5 stars to 3.75. Some things I noticed with the recipe is it did not address making the crust &quot;Crispy&quot;. So to adapt to do that I boiled some water and placed it in a pan below the baking bread and spritzed the top of the bread at the beginning and 2 more times at 5 minute intervals. It crisp the bread but it still needed a bit more TLC. the bread already baked completely, so I spritzed a little olive oil and placed it below the broiler briefly to get the color I desired. Immediately after removing it from the oven, I brushed it with butter and salt.&lt;br/&gt;&lt;br/&gt;Be aware that this is a delicate dough when it is rising. Once you touch it, the rise deflates, so handle with care. When mixing use the two cups of flour until mixed well and add additional flour as needed. I did not need to use the other 1/2 cup as my achieved the proper texture with only 2 cups. Remember not all flours measure in volume the same versus weight.&lt;br/&gt;&lt;br/&gt;It was a very good bread, but I would probably add additional rosemary both in and on the bread, maybe another tablespoon total. In addition, (Macaroni Grill does not add this) I think adding a very fine crushed garlic mixed with olive oil just before putting it under a broiler will take this up a level. I LOVE the bread at Macaroni Grill and will say this is close, but not quite. Excellent attempt at a recreation recipe. I will update this again as this recipe is a good one to start perfecting to achieve the results of the Macaroni Grill.
This was very good! Just like the restaurant, if not better. We used some olive oil, garlic powder and Italian seasoning as a dip for the bread. Yum! Even the kids enjoyed it. Thanks for posting!
Outstanding! Mine wasn't as crusty as Macaroni Grill's, but when it's fresh from the oven, dunked in olive oil and fresh cracked black pepper, who notices? Soooooo yummy, and so easy. Mine was a very VERY sticky dough, and I was kinda worried about it, but it came out beauifully. Thank you, thank you, thank you!
I love the salt sprinkled on top. My boyfriend and I served it with oil and balsamic on the side.
This recipe is excellent. I doubled this recipe to make 2 small loaves and a dozen rolls for a family dinner, and they were all gone in record speed. Very tasty, and I'm already getting requests to make it again.
I make this at LEAST once a week. Amazing.
For some reason, this bread turned out pretty dry and not as flavorful as I had expected. I know this has had good reviews...can't imagine what I did wrong...but I won't be making again. Sorry!
This is a very nice bread. I started it in my ABM, so it was very easy. The rosemary was not all that strong, but gave it a nice flavor. I have started a window box herb garden & have been on the lookout for recipes that will use my fresh herbs.
Really flavor is just like MG bread. I will definately be making this again, Thanks for a wonderful recipe.
Fabulous! I mixed about one tablespoon of ground/dried rosemary in with one egg white and pasted the mixture on the bread quickly after seven minutes of baking. I then waited an additional seven minutes and did the same and let it bake an additional three minutes. It came out BEAUTIFUL and I sprinkled the loaves with sea salt. Worked well as a Mother's Day gift!!
This bread was fantastic. My family loves going to MG and devouring their bread. I made this last night and they said that it was awesome! It was so easy to make. I know that I will be making this recipe a lot!!!
Awesome!!
Fantastic!! This was my first attempt making bread and it was a HUGE success! It was easy and yielded bread so yummy DH & I inhaled the first loaf almost as soon as it left the oven along with some dipping oil. I have a feeling I'll be making this often. Thanks Hunter!
Very easy and very good! I also used Italian seasoning as I read from another review as well as put egg whites on the top during baking. Thanks for your wonderful recipe!
This is an A+ recipe. I have made it several time is super easy and really good. I go into it knowing I may eat both loaves right out of the oven all by myself.
OOOOOOOOOOH so GOOD! I have been looking for a recipe to bake one that tastes similar to the Central Market (TX) Rosemary Bread. I added 2 Tbsp fresh Rosemary to the dough and sprinkled with one more tbsp before baking. Sprinkled with sea salt once done. I did add 1 tbsp olive oil to the dough along with the butter. And greased my hands with olive oil while I worked with the dough.<br/>Thank you so much for posting!!!!!! This is going to be a regular in our household. :)
I cant' say "yum" enough for this recipe. Even good the next day.... but best fresh out of the oven.

I used some dried rosemary since I had none fresh, and it was still superb.

Can't wait to try this again using the dough hook on the kitchenaid stand mixer my hubby got me for x-mas!
Delicious! I doubled the recipe & put the dough in a 9" round silicone cake pan & it came out perfect. The bread is delicious. Instead of butter, with 5 min left to bake - I did a egg white wash & sprinkled rosemary & sea salt. Next time I'll try Parmesan too!<br/><br/>Great for egg sandwiches!
Awesome with my roast beef dinner! Great flavor with the herbs. Chewy on the outside and soft and tender on the inside. Dipped in EVOV and Italian seasoning we enjoyed it so much!
AMAZING! Tastes almost just like the Olive Garden Recipe. I too, upon making this the next time, will brush with egg white before baking. One of the top two breads that I have ever made at home! A Must try!
This bread turned out amazing. It was my first attempt baking bread in general and I found it to be a great beginner recipe. My only change was adding 2 cloves of freshly crushed garlic to the food processor. Next time I will add even more garlic, I felt it really enhanced the flavor and paired well with the rosemary.
This was so easy to make and we all LOVE it! Thank you!
Yummy! I just made this bread and I could have eaten a whole loaf by myself. I baked it for 10 min, then brushed on egg whites and sprinkled with salt. Then I baked the loaves for about 7 more minutes and they were a perfect golden brown. Dip it in olive oil and balsamic vinegar - it is so good!
My family said this was better than Macaroni Grill's bread. I sprinkled a little sea salt over the top of the bread and was generous with the rosemary but it did not overpower. This is a keeper! We'll be making this regularly at our house...what a find! Thanks for posting!
I didn't have enough time to make it as instructed, so I threw all the ingredients into the bread machine, and it turned out pretty good. I think next time I will definately make it the way the directions tell me too. I also only had dried rosemary, so I will be looking forward to trying it with the fresh stuff next time. Thanks for the recipe.
Had this for dinner tonight with Crockpot Chicken Caccatore. It was delicious. I added a bit too much salt at the end, but overall very yummy! Will make again!
